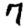
Digit: 7